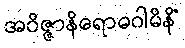
အဝိဇ္ဇာနိရောဓဂါမိနိံ